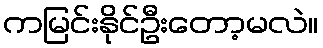
ကမြင်းနိုင်ဦးတော့မလဲ။